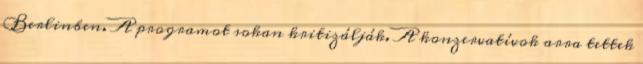
Berlinben. A programot sokan kritizálják. A konzervatívok arra tettek